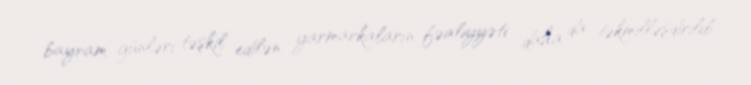
bayram günləri təşkil edilən yarmarkaların fəaliyyəti daha da təkmilləşdirilib.